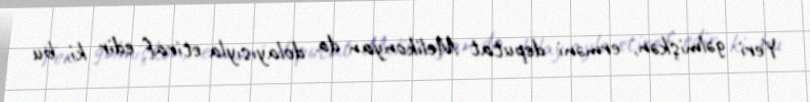
Yeri gəlmişkən, erməni deputat Melikonyan da dolayısıyla etiraf edir ki, bu